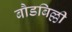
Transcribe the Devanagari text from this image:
बौडबिल्ली